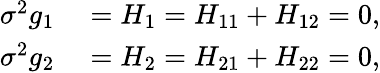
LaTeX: \begin{array}{rl}{\sigma^{2}g_{1}}&{{}=H_{1}=H_{11}+H_{12}=0,}\\ {\sigma^{2}g_{2}}&{{}=H_{2}=H_{21}+H_{22}=0,}\end{array}